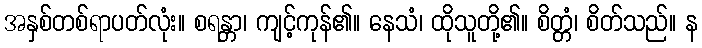
အနှစ်တစ်ရာပတ်လုံး။ စရန္တာ၊ ကျင့်ကုန်၏။ နေသံ၊ ထိုသူတို့၏။ စိတ္တံ၊ စိတ်သည်။ န